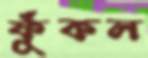
ফুঁকল